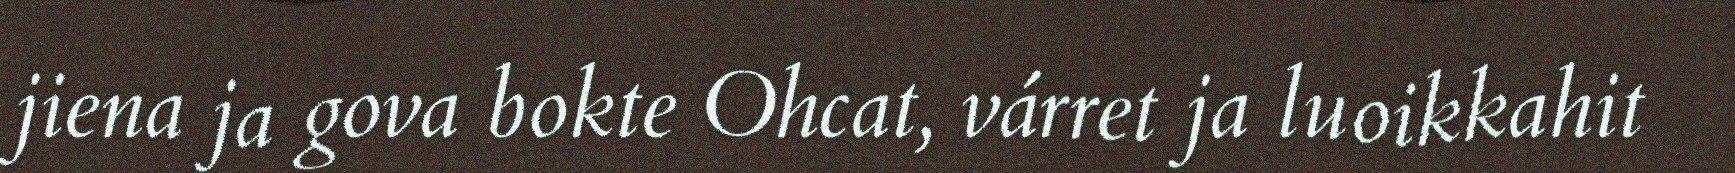
jiena ja gova bokte Ohcat, várret ja luoikkahit